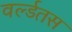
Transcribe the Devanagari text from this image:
वर्ल्डतस